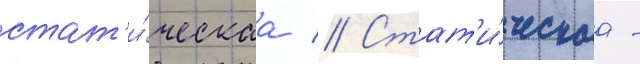
стат'и́ческаа // Стат'и́ческаа -